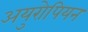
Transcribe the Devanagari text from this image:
अयुरोपियन